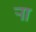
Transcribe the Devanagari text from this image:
र्‍ाा